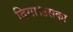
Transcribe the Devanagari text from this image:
दिया।उसका